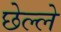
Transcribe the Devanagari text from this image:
छेल्ले